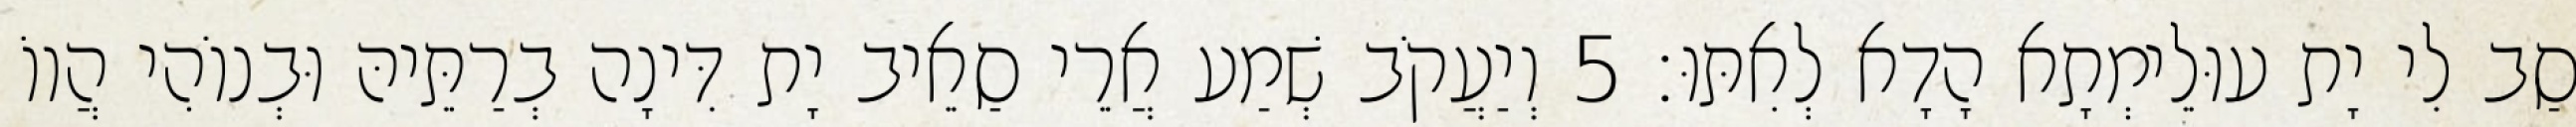
סַב לִי יָת עוּלֵימְתָא הָדָא לְאִתּוּ׃ 5 וְיַעֲקֹב שְׁמַע אֲרֵי סַאֵיב יָת דִּינָה בְרַתֵּיהּ וּבְנוֹהִי הֲווֹ